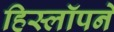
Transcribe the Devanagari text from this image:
हिस्लॉपने